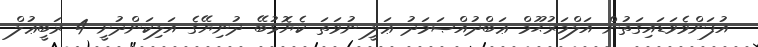
އުފަންވެވަޑައިގަތުން އަލްމަރުޙޫމް ޢަބްދުއްޞަމަދު ޢަލީ ނުވަތަ ކެޔޮޅުބޭ ދުނިޔޭގެ އަލިކަންދުށީ 4 ރަބީޢުލް